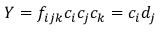
Y = f _ { i j k } c _ { i } c _ { j } c _ { k } = c _ { i } d _ { j }